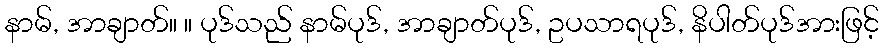
နာမ်, အာချာတ်။ ။ ပုဒ်သည် နာမ်ပုဒ်, အာချာတ်ပုဒ်, ဥပသာရပုဒ်, နိပါတ်ပုဒ်အားဖြင့်